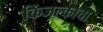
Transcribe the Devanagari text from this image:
किंजल्काचा